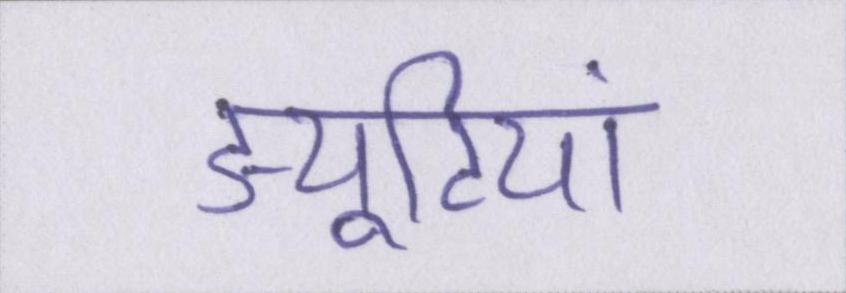
ड्यूटियां